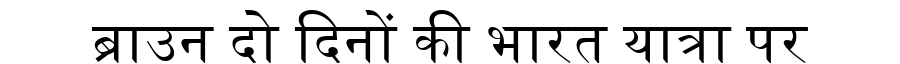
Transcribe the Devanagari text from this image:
ब्राउन दो दिनों की भारत यात्रा पर